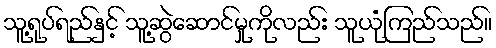
သူ့ရုပ်ရည်နှင့် သူ့ဆွဲဆောင်မှုကိုလည်း သူယုံကြည်သည်။